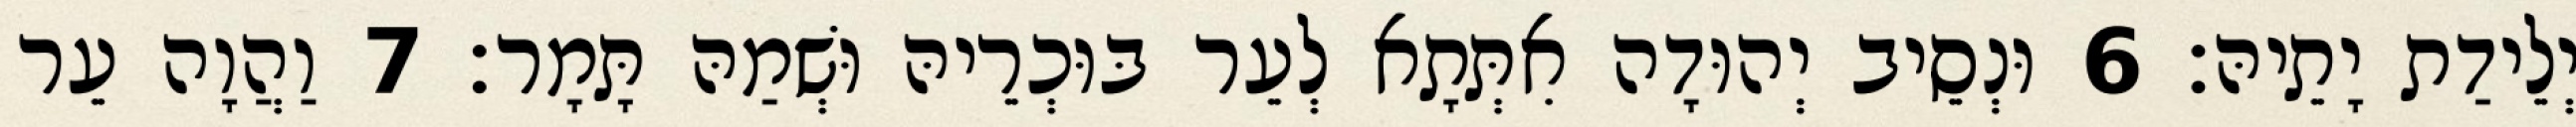
יְלֵידַת יָתֵיהּ׃ 6 וּנְסֵיב יְהוּדָה אִתְּתָא לְעֵר בּוּכְרֵיהּ וּשְׁמַהּ תָּמָר׃ 7 וַהֲוָה עֵר